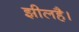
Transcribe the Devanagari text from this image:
झीलहै।